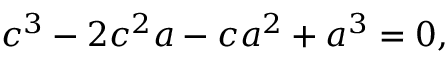
c ^ { 3 } - 2 c ^ { 2 } a - c a ^ { 2 } + a ^ { 3 } = 0 ,